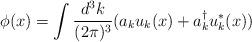
LaTeX: \begin{align*}\phi(x)=\int \frac{d^3k}{(2 \pi)^3} (a_k u_k(x)+a^{\dagger}_k u^*_k(x))\end{align*}